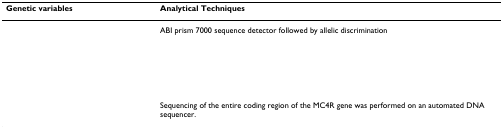
<table><thead><tr><td><b>Genetic variables</b></td><td><b>Analytical Techniques</b></td></tr></thead><tbody><tr><td>[EMPTY_CELL]</td><td>ABI prism 7000 sequence detector followed by allelic discrimination</td></tr><tr><td>[EMPTY_CELL]</td><td>Sequencing of the entire coding region of the MC4R gene was performed on an automated DNA sequencer.</td></tr></tbody></table>